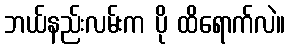
ဘယ်နည်းလမ်းက ပို ထိရောက်လဲ။